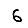
Digit: 6